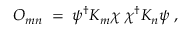
{ \cal O } _ { m n } \; = \; \psi ^ { \dagger } { \cal K } _ { m } \chi \; \chi ^ { \dagger } { \cal K } _ { n } \psi \; ,